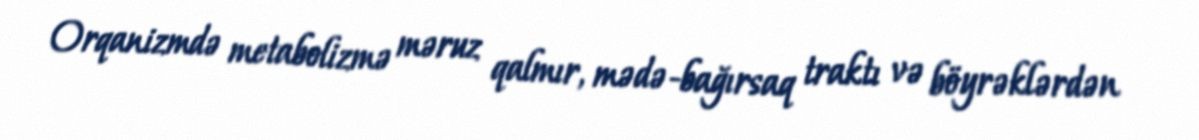
Orqanizmdə metabolizmə məruz qalmır, mədə-bağırsaq traktı və böyrəklərdən